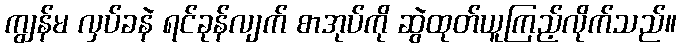
ကျွန်မ လှပ်ခနဲ ရင်ခုန်လျက် စာအုပ်ကို ဆွဲထုတ်ယူကြည့်လိုက်သည်။